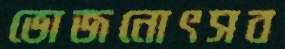
ভোজনোৎসব